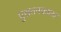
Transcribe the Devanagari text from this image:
पुरातनकाळा